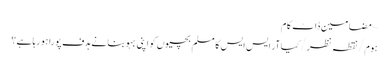
~ مضامین ڈاٹ کام
ہوم/نقطہ نظر/کیا آر ایس ایس کا مسلم بچیوں کو اپنی بہو بنانے ہدف پورا ہو رہا ہے؟